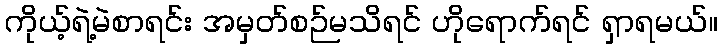
ကိုယ့်ရဲ့မဲစာရင်း အမှတ်စဉ်မသိရင် ဟိုရောက်ရင် ရှာရမယ်။